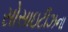
સોસાઇટીઝના